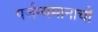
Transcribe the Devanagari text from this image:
पर्जन्यमानाची